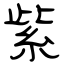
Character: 紫